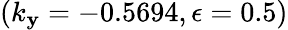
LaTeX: (k_{\mathbf{y}}=-0.5694,\epsilon=0.5)